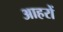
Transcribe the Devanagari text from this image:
आहरों